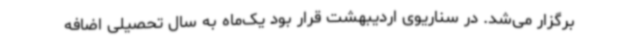
برگزار می‌شد. در سناریوی اردیبهشت قرار بود یک‌ماه به‌ سال تحصیلی اضافه